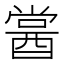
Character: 𨡔